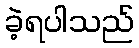
ခဲ့ရပါသည်